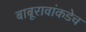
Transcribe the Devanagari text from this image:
बाबूरावांकडेच